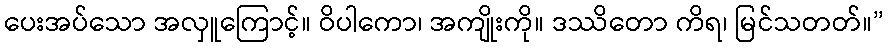
ပေးအပ်သော အလှူကြောင့်။ ဝိပါကော၊ အကျိုးကို။ ဒဿိတော ကိရ၊ မြင်သတတ်။”